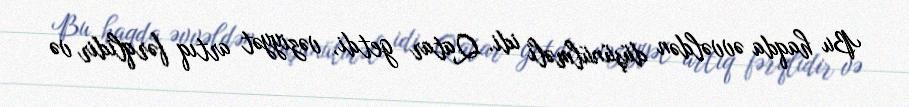
Bu haqda əvvəldən düşünülməli idi. Qatar getdi, vəziyyət artıq fərqlidir və